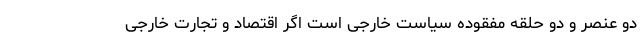
دو عنصر و دو حلقه مفقوده سیاست خارجی است اگر اقتصاد و تجارت خارجی